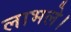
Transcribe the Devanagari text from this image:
लाभले।